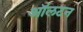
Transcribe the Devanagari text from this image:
ऑलटन